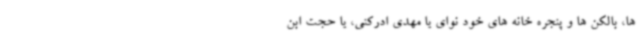
ها، بالکن ها و پنجره خانه های خود نوای یا مهدی ادرکنی، یا حجت ابن